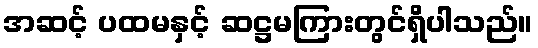
အဆင့် ပထမနှင့် ဆဋ္ဌမကြားတွင်ရှိပါသည်။